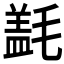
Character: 𰚱